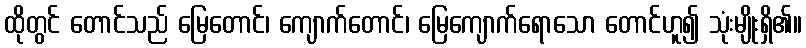
ထိုတွင် တောင်သည် မြေတောင်၊ ကျောက်တောင်၊ မြေကျောက်ရောသော တောင်ဟူ၍ သုံးမျိုးရှိ၏။